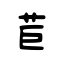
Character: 苣